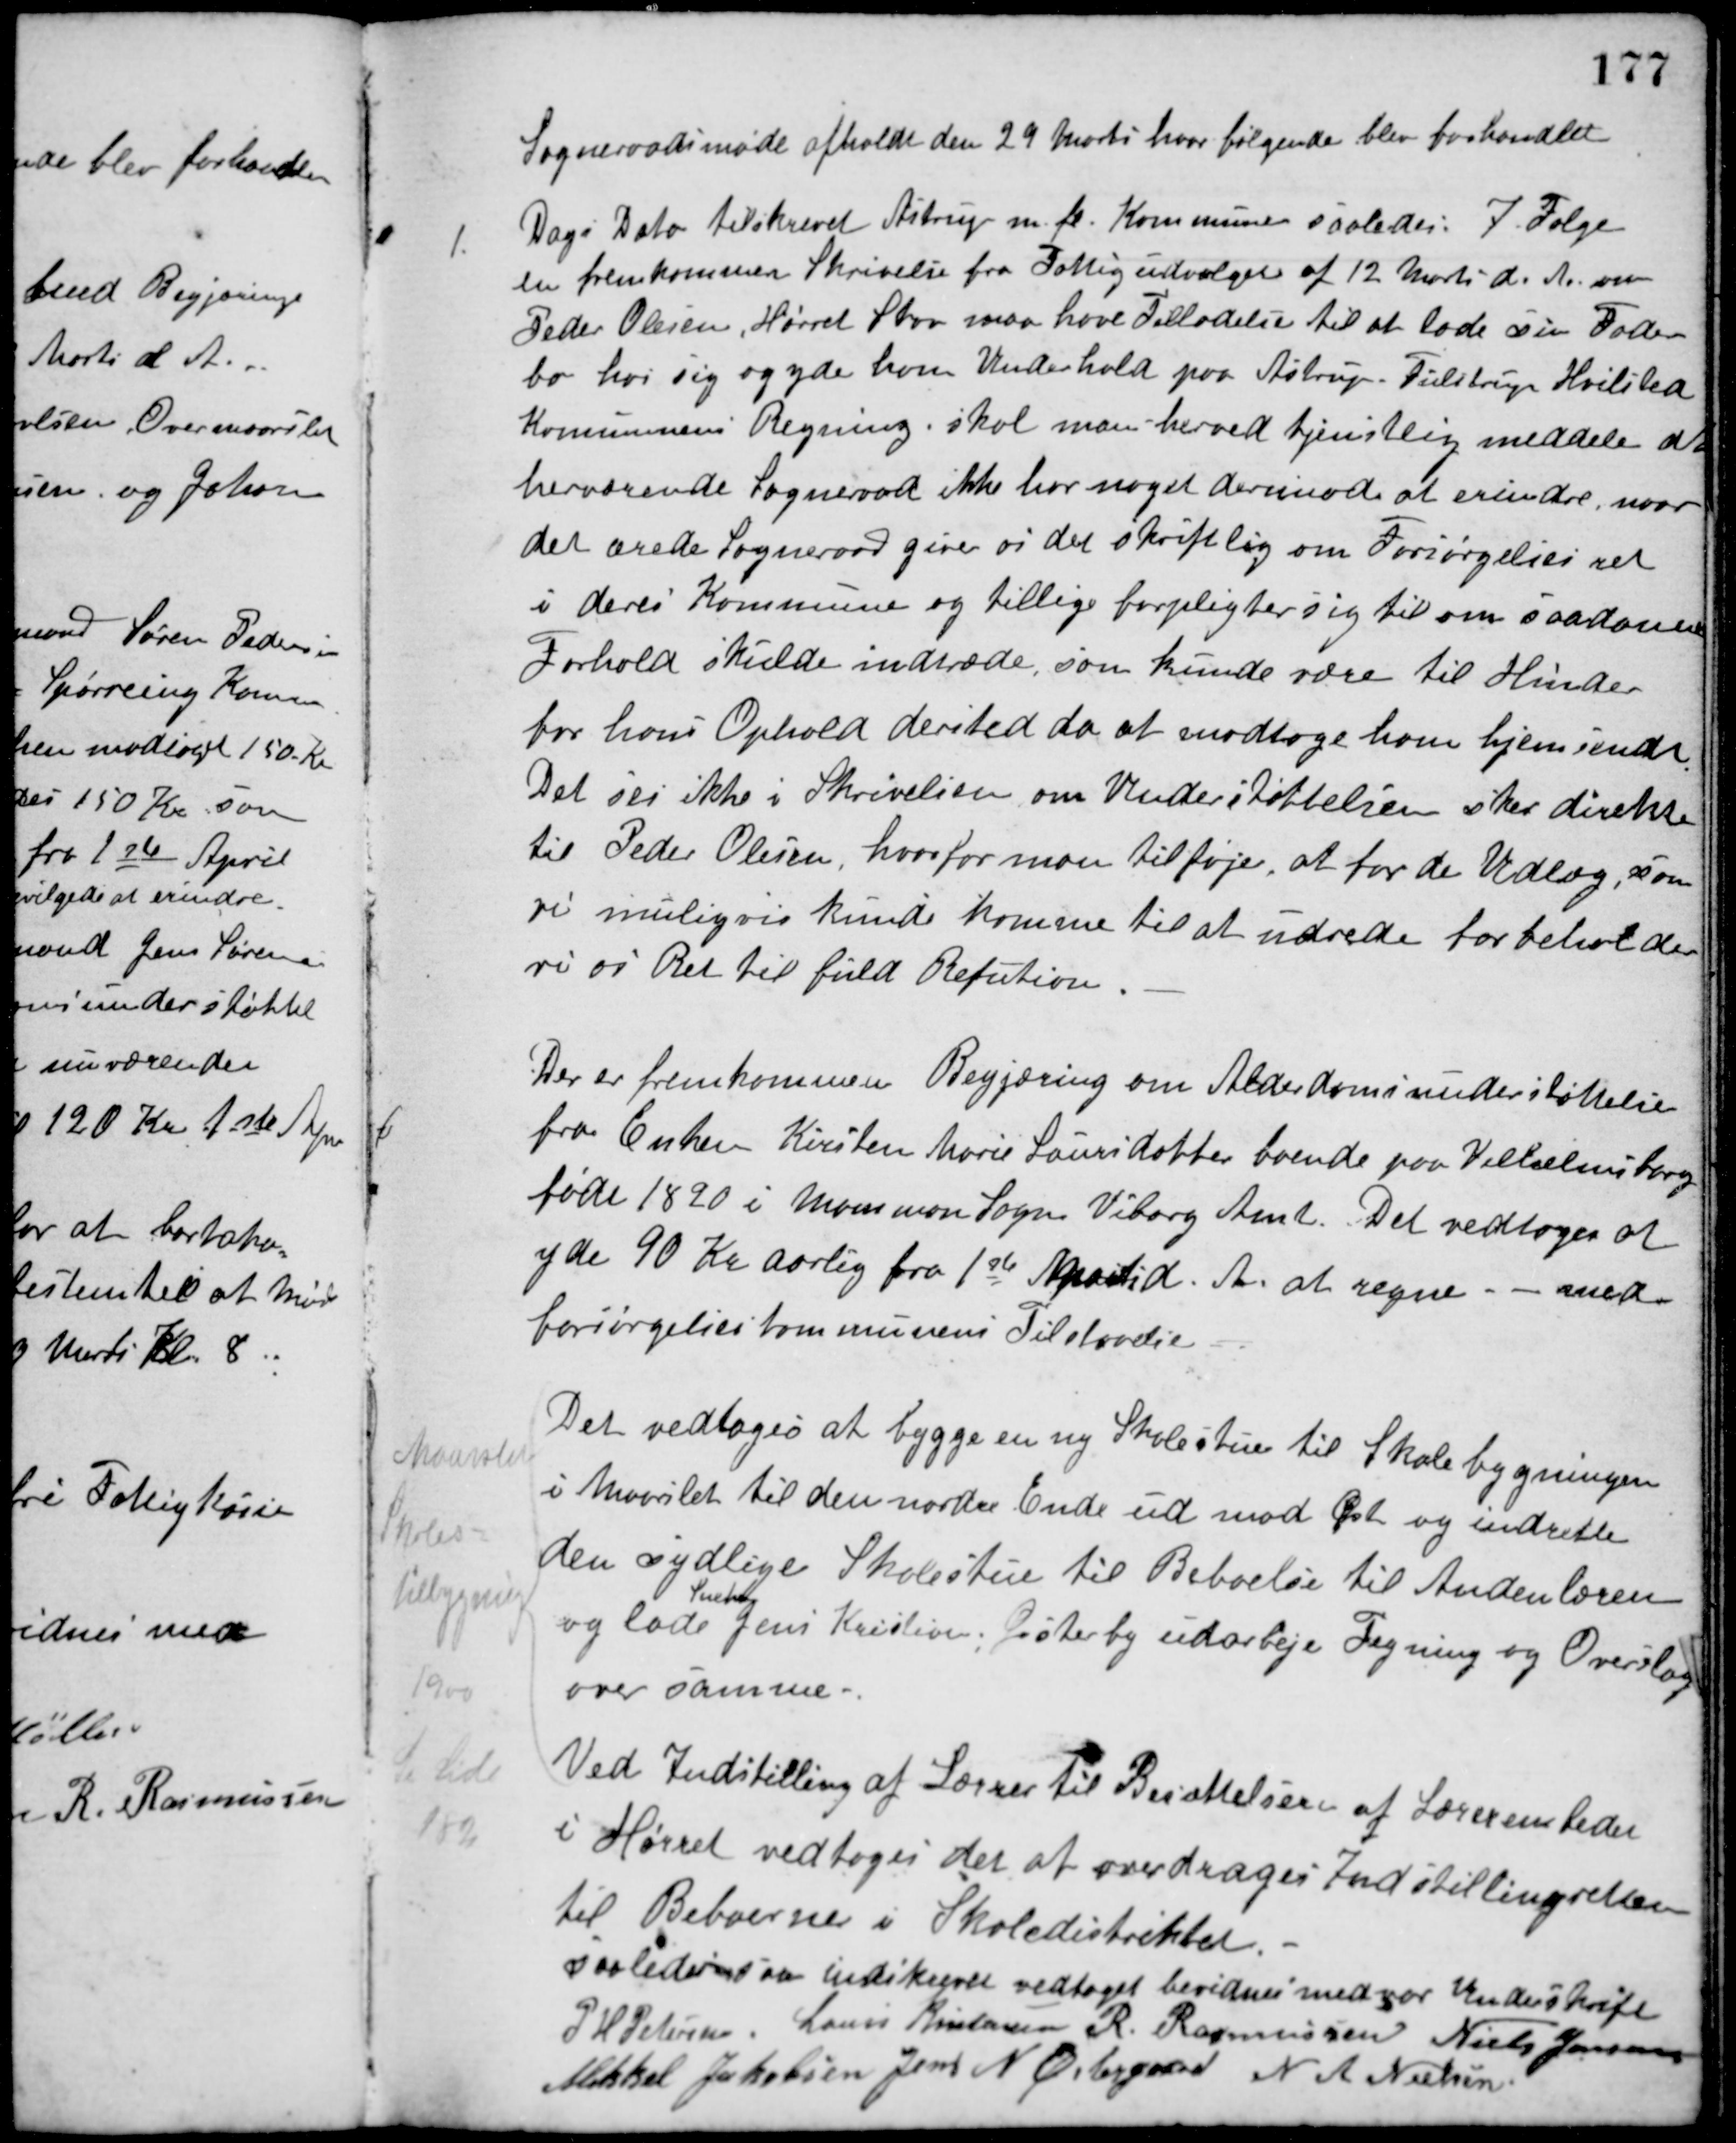
Transskription:
Sogneraadsmøde afholdt den 29 Marts hvor følgende blev forhandlet.
1.
Dags Dato tilskrevet Aistrup m. fl. Kommuner saaledes: I Følge
en fremkommen Skrivelse fra Fattigudvalget af 12 Marts d. A. om
Peder Olesen, Hørret Skov maa have Tilladelse til at lade sin Fader
bo hos sig og yde ham Underhold paa Astrup-Tulstrup-Hvilsted
Kommunens Regning, skal man herved tjenstlig meddele det
herværende Sogneraad ikke har noget derimod at erindre, naar
det ærede Sogneraad giver os det skriftlig om Forsørgelsesret
i deres Kommune og tillige forpligter sig til om saadanne
Forhold skulde indtræde, som kunde være til Hinder
for hans Ophold dersted da at modtage ham hjemsendt.
Det ses ikke i Skrivelsen om Understøttelsen sker direkte
til Peder Olesen, hvorfor man tilføje, at for de Udlæg, som
vi muligvis kunde komme til at udrede forbeholder
vi os Ret til fuld Refution.
Der er fremkommen Begjæring om Alderdomsunderstøttelse
fra Enken Kirsten Marie Laursdatter boende paa Vilhelmsborg
født 1820 i Mammen Sogn Viborg Amt. Det vedtoges at 
yde 90 Kr. aarlig fra 1ste April d. A. at regne. - med
forsørgelseskommunens Tilladelse.
Det vedtoges at bygge en ny Skolestue til Skolebygningen
i Maarslet til den nordre Ende ud mod Øst og indrette
den sydlige Skolestue til Beboelse til Andenlæren
og lade
Sneker
Jens Kristensen, Østerby udarbejde Tegning og Overslag
over samme.
Maarslet
Skoles-
tilbygning
1900
Se Side
182
Ved Indstilling af Lærer til Besættelsen af Lærerembedet
i Hørret vedtoges det at overdrages Indstillingsretten
til Beboerne i Skoledistriktet.
Saaledes som indskrevet vedtaget bevidnes med vor Underskrift
P. H. Petersen Laurs Kristensen R. Rasmussen Niels Jensen
Mikkel Jakobsen Jens N. Østergaard N. A. Nielsen